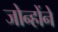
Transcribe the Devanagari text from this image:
जोन्होंने